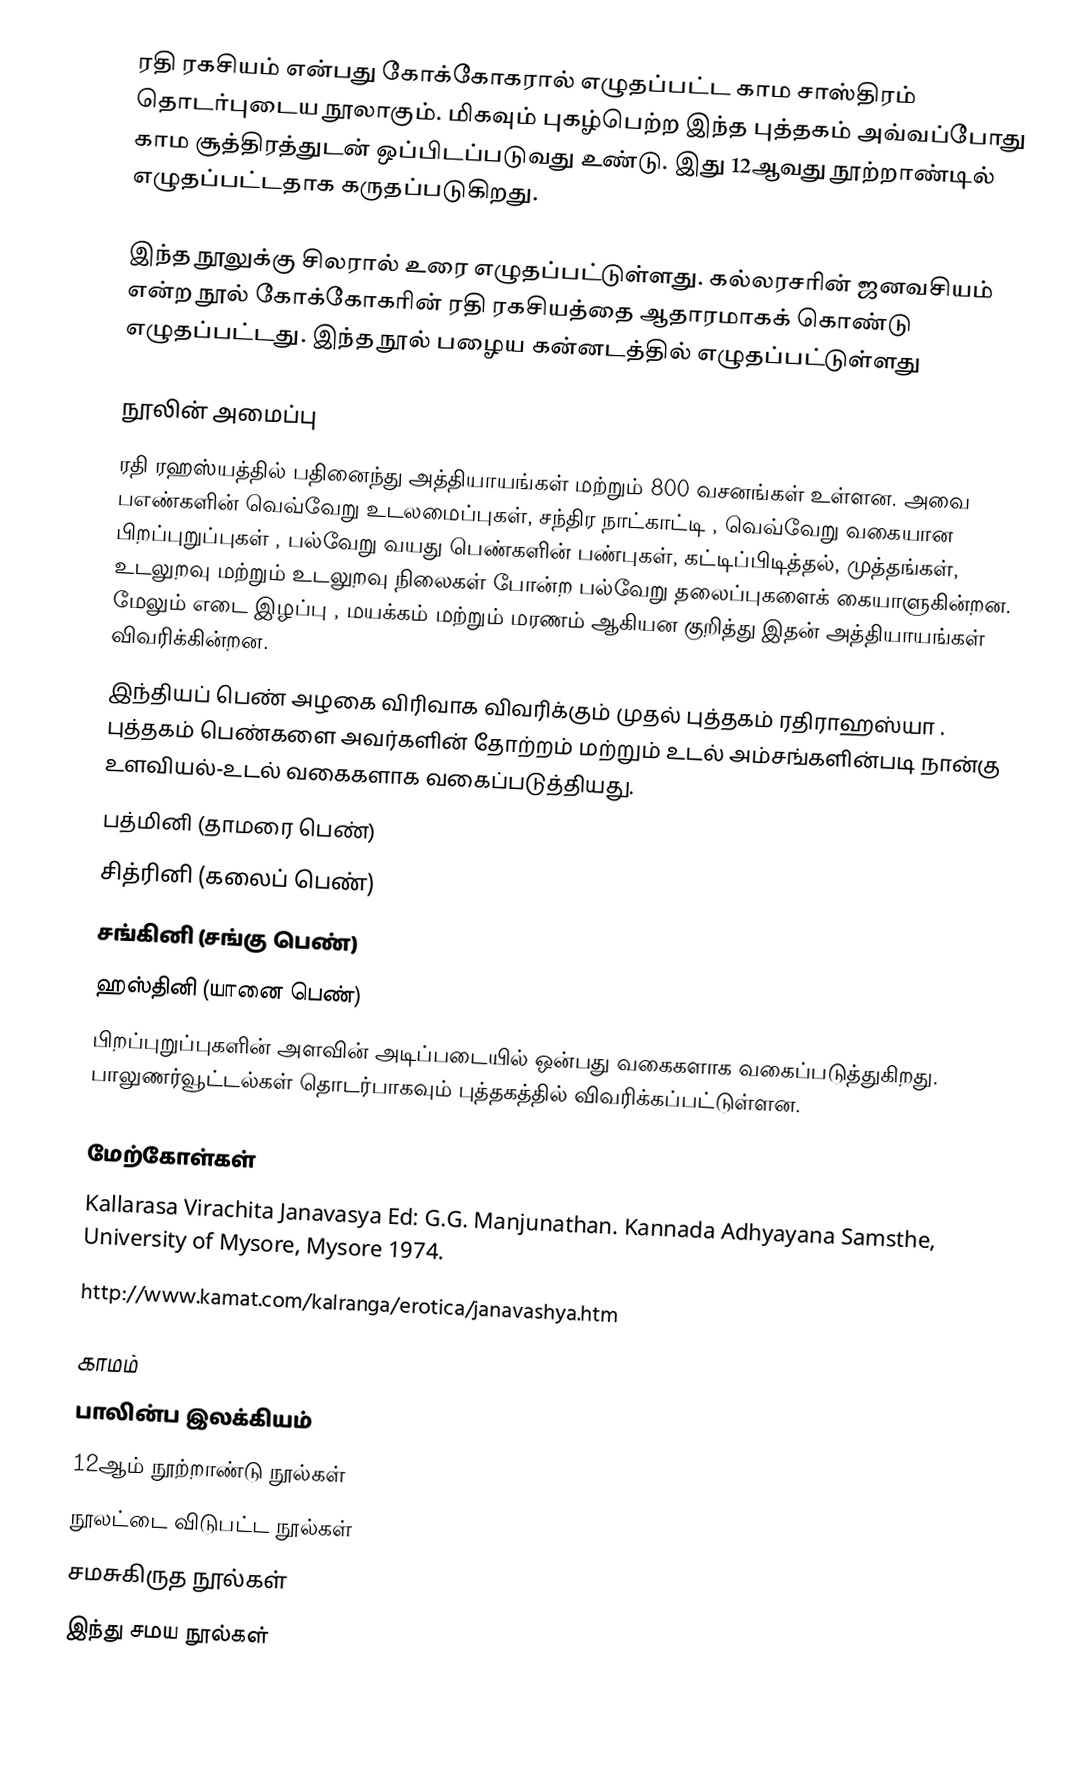
ரதி ரகசியம் என்பது கோக்கோகரால் எழுதப்பட்ட காம சாஸ்திரம் தொடர்புடைய நூலாகும். மிகவும் புகழ்பெற்ற இந்த புத்தகம் அவ்வப்போது காம சூத்திரத்துடன் ஒப்பிடப்படுவது உண்டு. இது 12ஆவது நூற்றாண்டில் எழுதப்பட்டதாக கருதப்படுகிறது.

இந்த நூலுக்கு சிலரால் உரை எழுதப்பட்டுள்ளது. கல்லரசரின் ஜனவசியம் என்ற நூல் கோக்கோகரின் ரதி ரகசியத்தை ஆதாரமாகக் கொண்டு எழுதப்பட்டது. இந்த நூல் பழைய கன்னடத்தில் எழுதப்பட்டுள்ளது

நூலின் அமைப்பு
ரதி ரஹஸ்யத்தில் பதினைந்து அத்தியாயங்கள் மற்றும் 800 வசனங்கள் உள்ளன. அவை பஎண்களின் வெவ்வேறு உடலமைப்புகள், சந்திர நாட்காட்டி , வெவ்வேறு வகையான பிறப்புறுப்புகள் , பல்வேறு வயது பெண்களின் பண்புகள், கட்டிப்பிடித்தல், முத்தங்கள், உடலுறவு மற்றும் உடலுறவு நிலைகள் போன்ற பல்வேறு தலைப்புகளைக் கையாளுகின்றன. மேலும் எடை இழப்பு , மயக்கம் மற்றும் மரணம் ஆகியன குறித்து இதன் அத்தியாயங்கள் விவரிக்கின்றன.
இந்தியப் பெண் அழகை விரிவாக விவரிக்கும் முதல் புத்தகம் ரதிராஹஸ்யா . புத்தகம் பெண்களை அவர்களின் தோற்றம் மற்றும் உடல் அம்சங்களின்படி நான்கு உளவியல்-உடல் வகைகளாக வகைப்படுத்தியது.
பத்மினி (தாமரை பெண்)
சித்ரினி (கலைப் பெண்)
சங்கினி (சங்கு பெண்)
ஹஸ்தினி (யானை பெண்)
பிறப்புறுப்புகளின் அளவின் அடிப்படையில் ஒன்பது வகைகளாக வகைப்படுத்துகிறது. பாலுணர்வூட்டல்கள் தொடர்பாகவும் புத்தகத்தில் விவரிக்கப்பட்டுள்ளன.

மேற்கோள்கள்
Kallarasa Virachita Janavasya Ed: G.G. Manjunathan. Kannada Adhyayana Samsthe, University of  Mysore, Mysore 1974.
http://www.kamat.com/kalranga/erotica/janavashya.htm

காமம்
பாலின்ப இலக்கியம்
12ஆம் நூற்றாண்டு நூல்கள்
நூலட்டை விடுபட்ட நூல்கள்
சமசுகிருத நூல்கள்
இந்து சமய நூல்கள்